Problem: 4 × 2 = ?
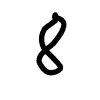
Handwritten answer: 8